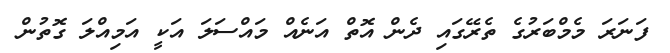
ފަަނަރަ މެމްބަރުގެ ތެރޭގައި ދެން އޮތް އަނެއް މައްސަލަ އަކީ އަމިއްލަ ގޮތުން